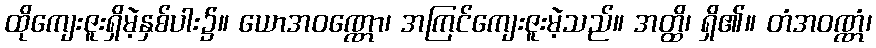
ထိုကျေးဇူးရှိမဲ့နှစ်ပါး၌။ ယောအဝဏ္ဏော၊ အကြင်ကျေးဇူးမဲ့သည်။ အတ္ထိ၊ ရှိ၏။ တံအဝဏ္ဏံ၊